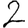
Digit: 2